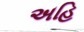
અહિ